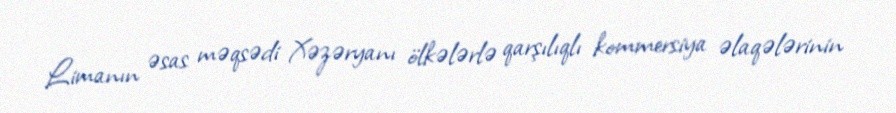
Limanın əsas məqsədi Xəzəryanı ölkələrlə qarşılıqlı kommersiya əlaqələrinin